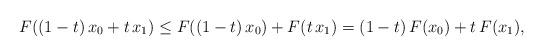
LaTeX: \begin{align*}F((1-t)\, x_0+t\, x_1)\le F((1-t)\, x_0)+F(t\, x_1)=(1-t)\, F(x_0)+t\, F(x_1),\end{align*}